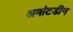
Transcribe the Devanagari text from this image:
अमांटडीन